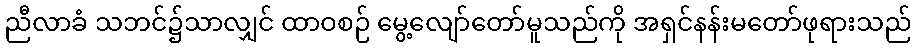
ညီလာခံ သဘင်၌သာလျှင် ထာဝစဉ် မွေ့လျော်တော်မူသည်ကို အရှင်နန်းမတော်ဖုရားသည်